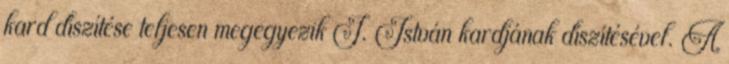
kard díszítése teljesen megegyezik I. István kardjának díszítésével. A